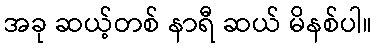
အခု ဆယ့်တစ် နာရီ ဆယ် မိနစ်ပါ။